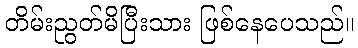
တိမ်းညွတ်မိပြီးသား ဖြစ်နေပေသည်။